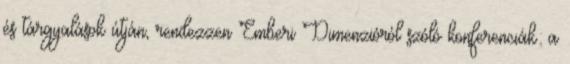
és tárgyalások útján, rendezzen Emberi Dimenzióról szóló konferenciák: a